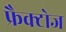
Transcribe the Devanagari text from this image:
फ्रैक्टोज